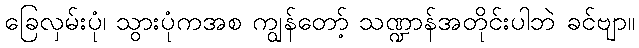
ခြေလှမ်းပုံ၊ သွားပုံကအစ ကျွန်တော့် သဏ္ဍာန်အတိုင်းပါဘဲ ခင်ဗျာ။